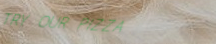
TRY OUR PIZZA